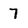
Character: 7